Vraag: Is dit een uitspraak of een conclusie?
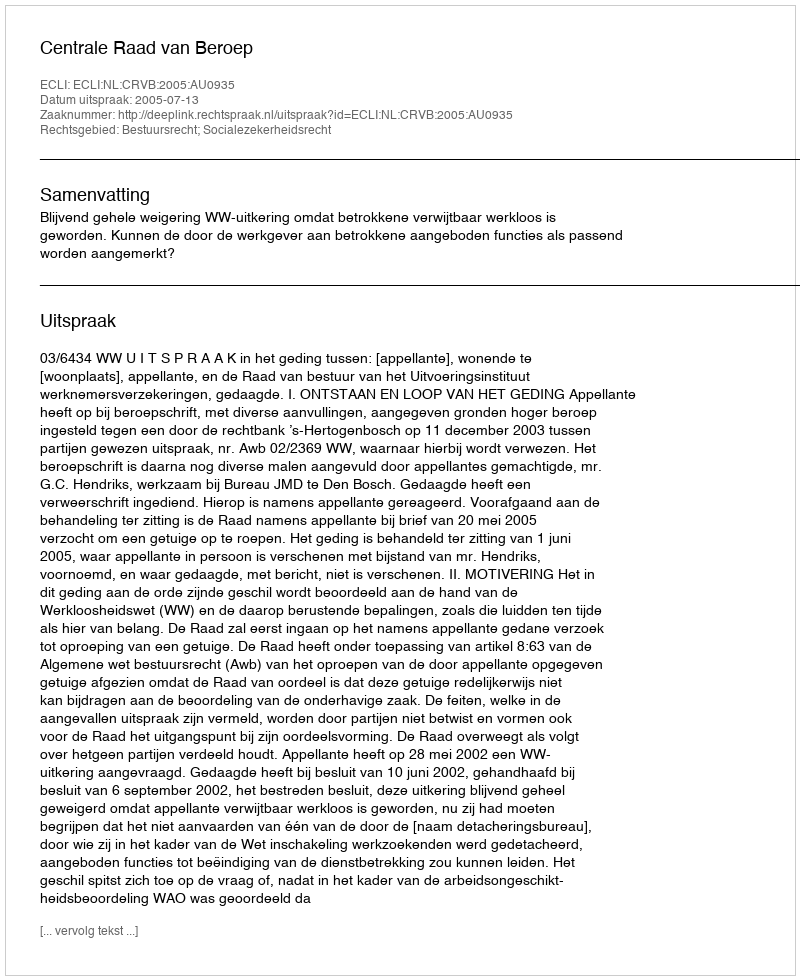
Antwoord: Uitspraak